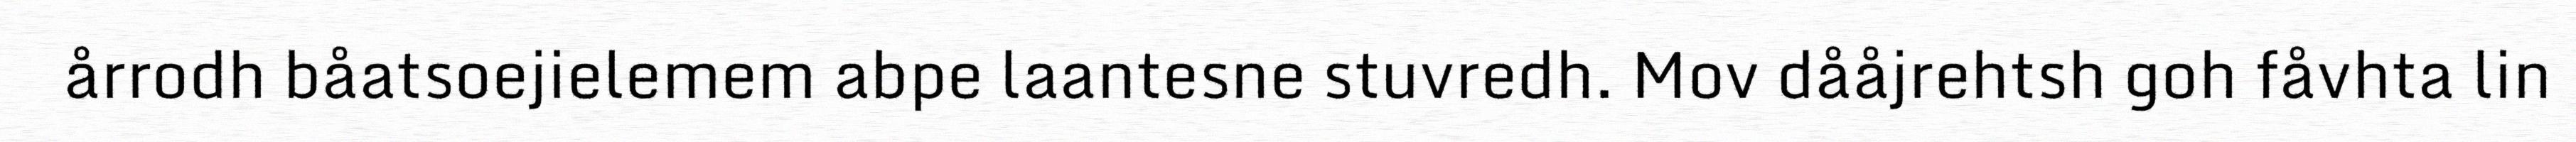
årrodh båatsoejielemem abpe laantesne stuvredh. Mov dååjrehtsh goh fåvhta lin